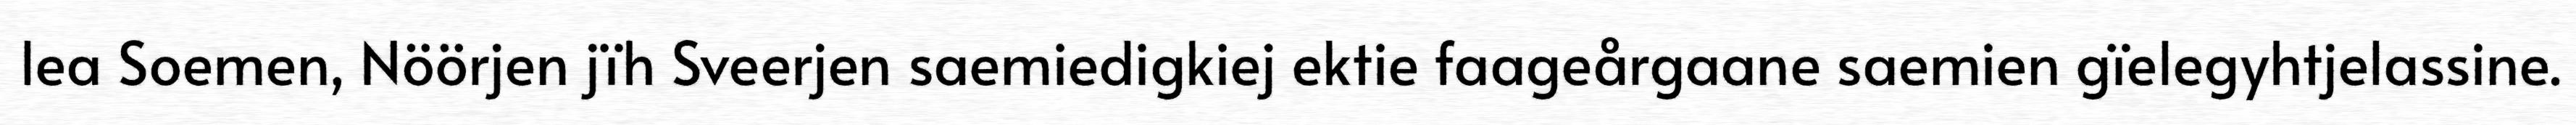
lea Soemen, Nöörjen jïh Sveerjen saemiedigkiej ektie faageårgaane saemien gïelegyhtjelassine.